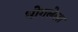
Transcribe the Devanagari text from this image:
भोगलेला